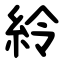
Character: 紷